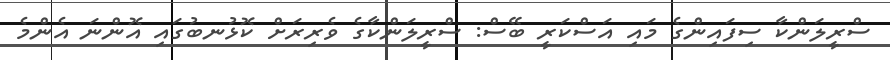
ސްރީލަންކާ ސިފައިންގެ މައި އަސްކަރީ ބޭސް: ސްރީލަންކާގެ ވެރިރަށް ކޮޅުނބުގައި އޮންނަ އެންމެ